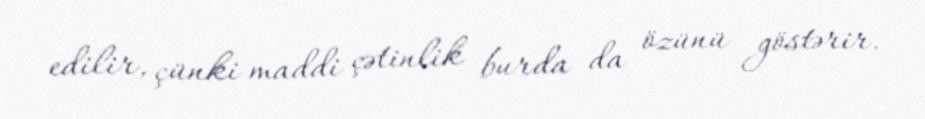
edilir, çünki maddi çətinlik burda da özünü göstərir.